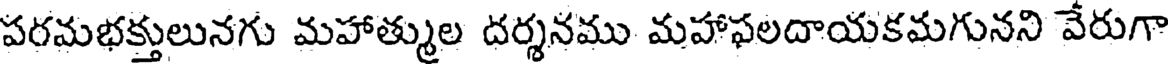
పరమభక్తులునగు మహాత్ముల దర్శనము మహాఫలదాయకమగునని వేరుగా